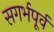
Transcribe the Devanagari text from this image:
सगर्भपूर्व